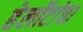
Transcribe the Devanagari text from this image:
हेलॉटांचा